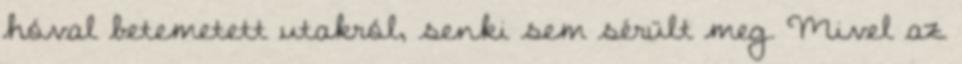
hóval betemetett utakról, senki sem sérült meg. Mivel az